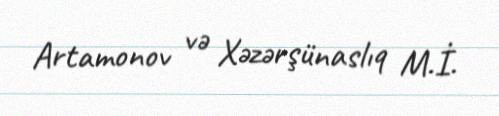
Artamonov və Xəzərşünaslıq M.İ.